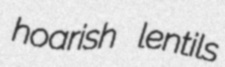
hoarish lentils